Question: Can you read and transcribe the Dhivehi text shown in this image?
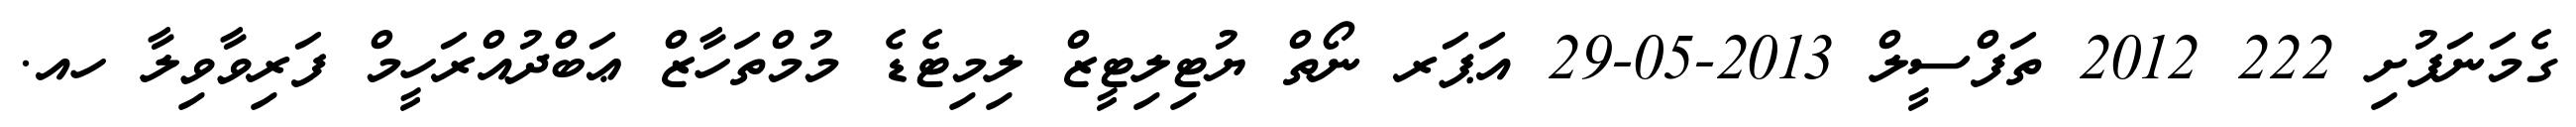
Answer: ގެމަނަފުށި 222 2012 ތަފްސީލް 2013-05-29 އަޕަރ ނޯތް ޔުޓިލިޓީޒް ލިމިޓެޑެ މުމްތަހާޒް ޢަބްދުއްރަހީމް ފަރިވާވިލާ ހއ.